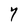
Character: Y